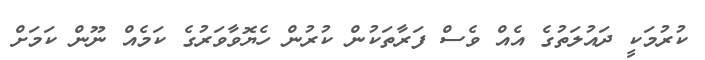
ކުރުމަކީ ދައުލަތުގެ އެއް ވެސް ފަރާތަކުން ކުރުން ހެޔޮވާވަރުގެ ކަމެއް ނޫން ކަމަށް